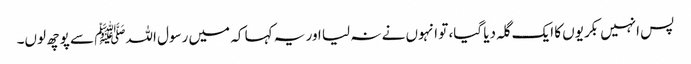
پس انہیں بکریوں کا ایک گلہ دیا گیا، تو انہوں نے نہ لیا اور یہ کہا کہ میں رسول اللہﷺ سے پوچھ لوں۔